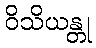
ဝိသိယန္တု